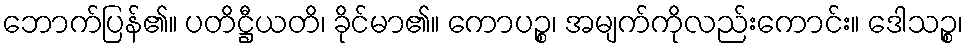
ဘောက်ပြန်၏။ ပတိဋ္ဌီယတိ၊ ခိုင်မာ၏။ ကောပဉ္စ၊ အမျက်ကိုလည်းကောင်း။ ဒေါသဉ္စ၊